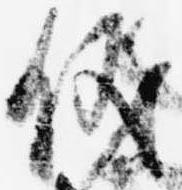
儀